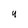
Character: 4